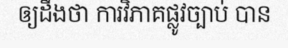
ឲ្យដឹងថា ការវិភាគផ្លូវច្បាប់ បាន